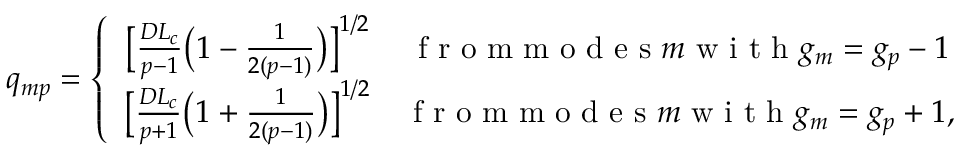
q _ { m p } = \left\{ \begin{array} { c c } { \big [ \frac { D L _ { c } } { p - 1 } \big ( 1 - \frac { 1 } { 2 ( p - 1 ) } \big ) \big ] ^ { 1 / 2 } } & { \mathrm { ~ f ~ r ~ o ~ m ~ m ~ o ~ d ~ e ~ s ~ } m \mathrm { ~ w ~ i ~ t ~ h ~ } g _ { m } = g _ { p } - 1 } \\ { \big [ \frac { D L _ { c } } { p + 1 } \big ( 1 + \frac { 1 } { 2 ( p - 1 ) } \big ) \big ] ^ { 1 / 2 } } & { \mathrm { ~ f ~ r ~ o ~ m ~ m ~ o ~ d ~ e ~ s ~ } m \mathrm { ~ w ~ i ~ t ~ h ~ } g _ { m } = g _ { p } + 1 , } \end{array} \right.